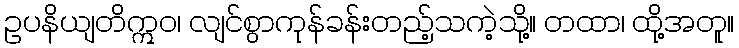
ဥပနိယျတိဣဝ၊ လျင်စွာကုန်ခန်းတည့်သကဲ့သို့။ တထာ၊ ထို့အတူ။